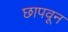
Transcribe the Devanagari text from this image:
छापवून